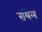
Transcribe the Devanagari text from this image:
रायेल